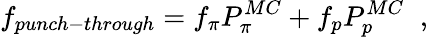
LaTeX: f_{punch-through}=f_{\pi}P_{\pi}^{MC}+f_{p}P_{p}^{MC}\; \; ,